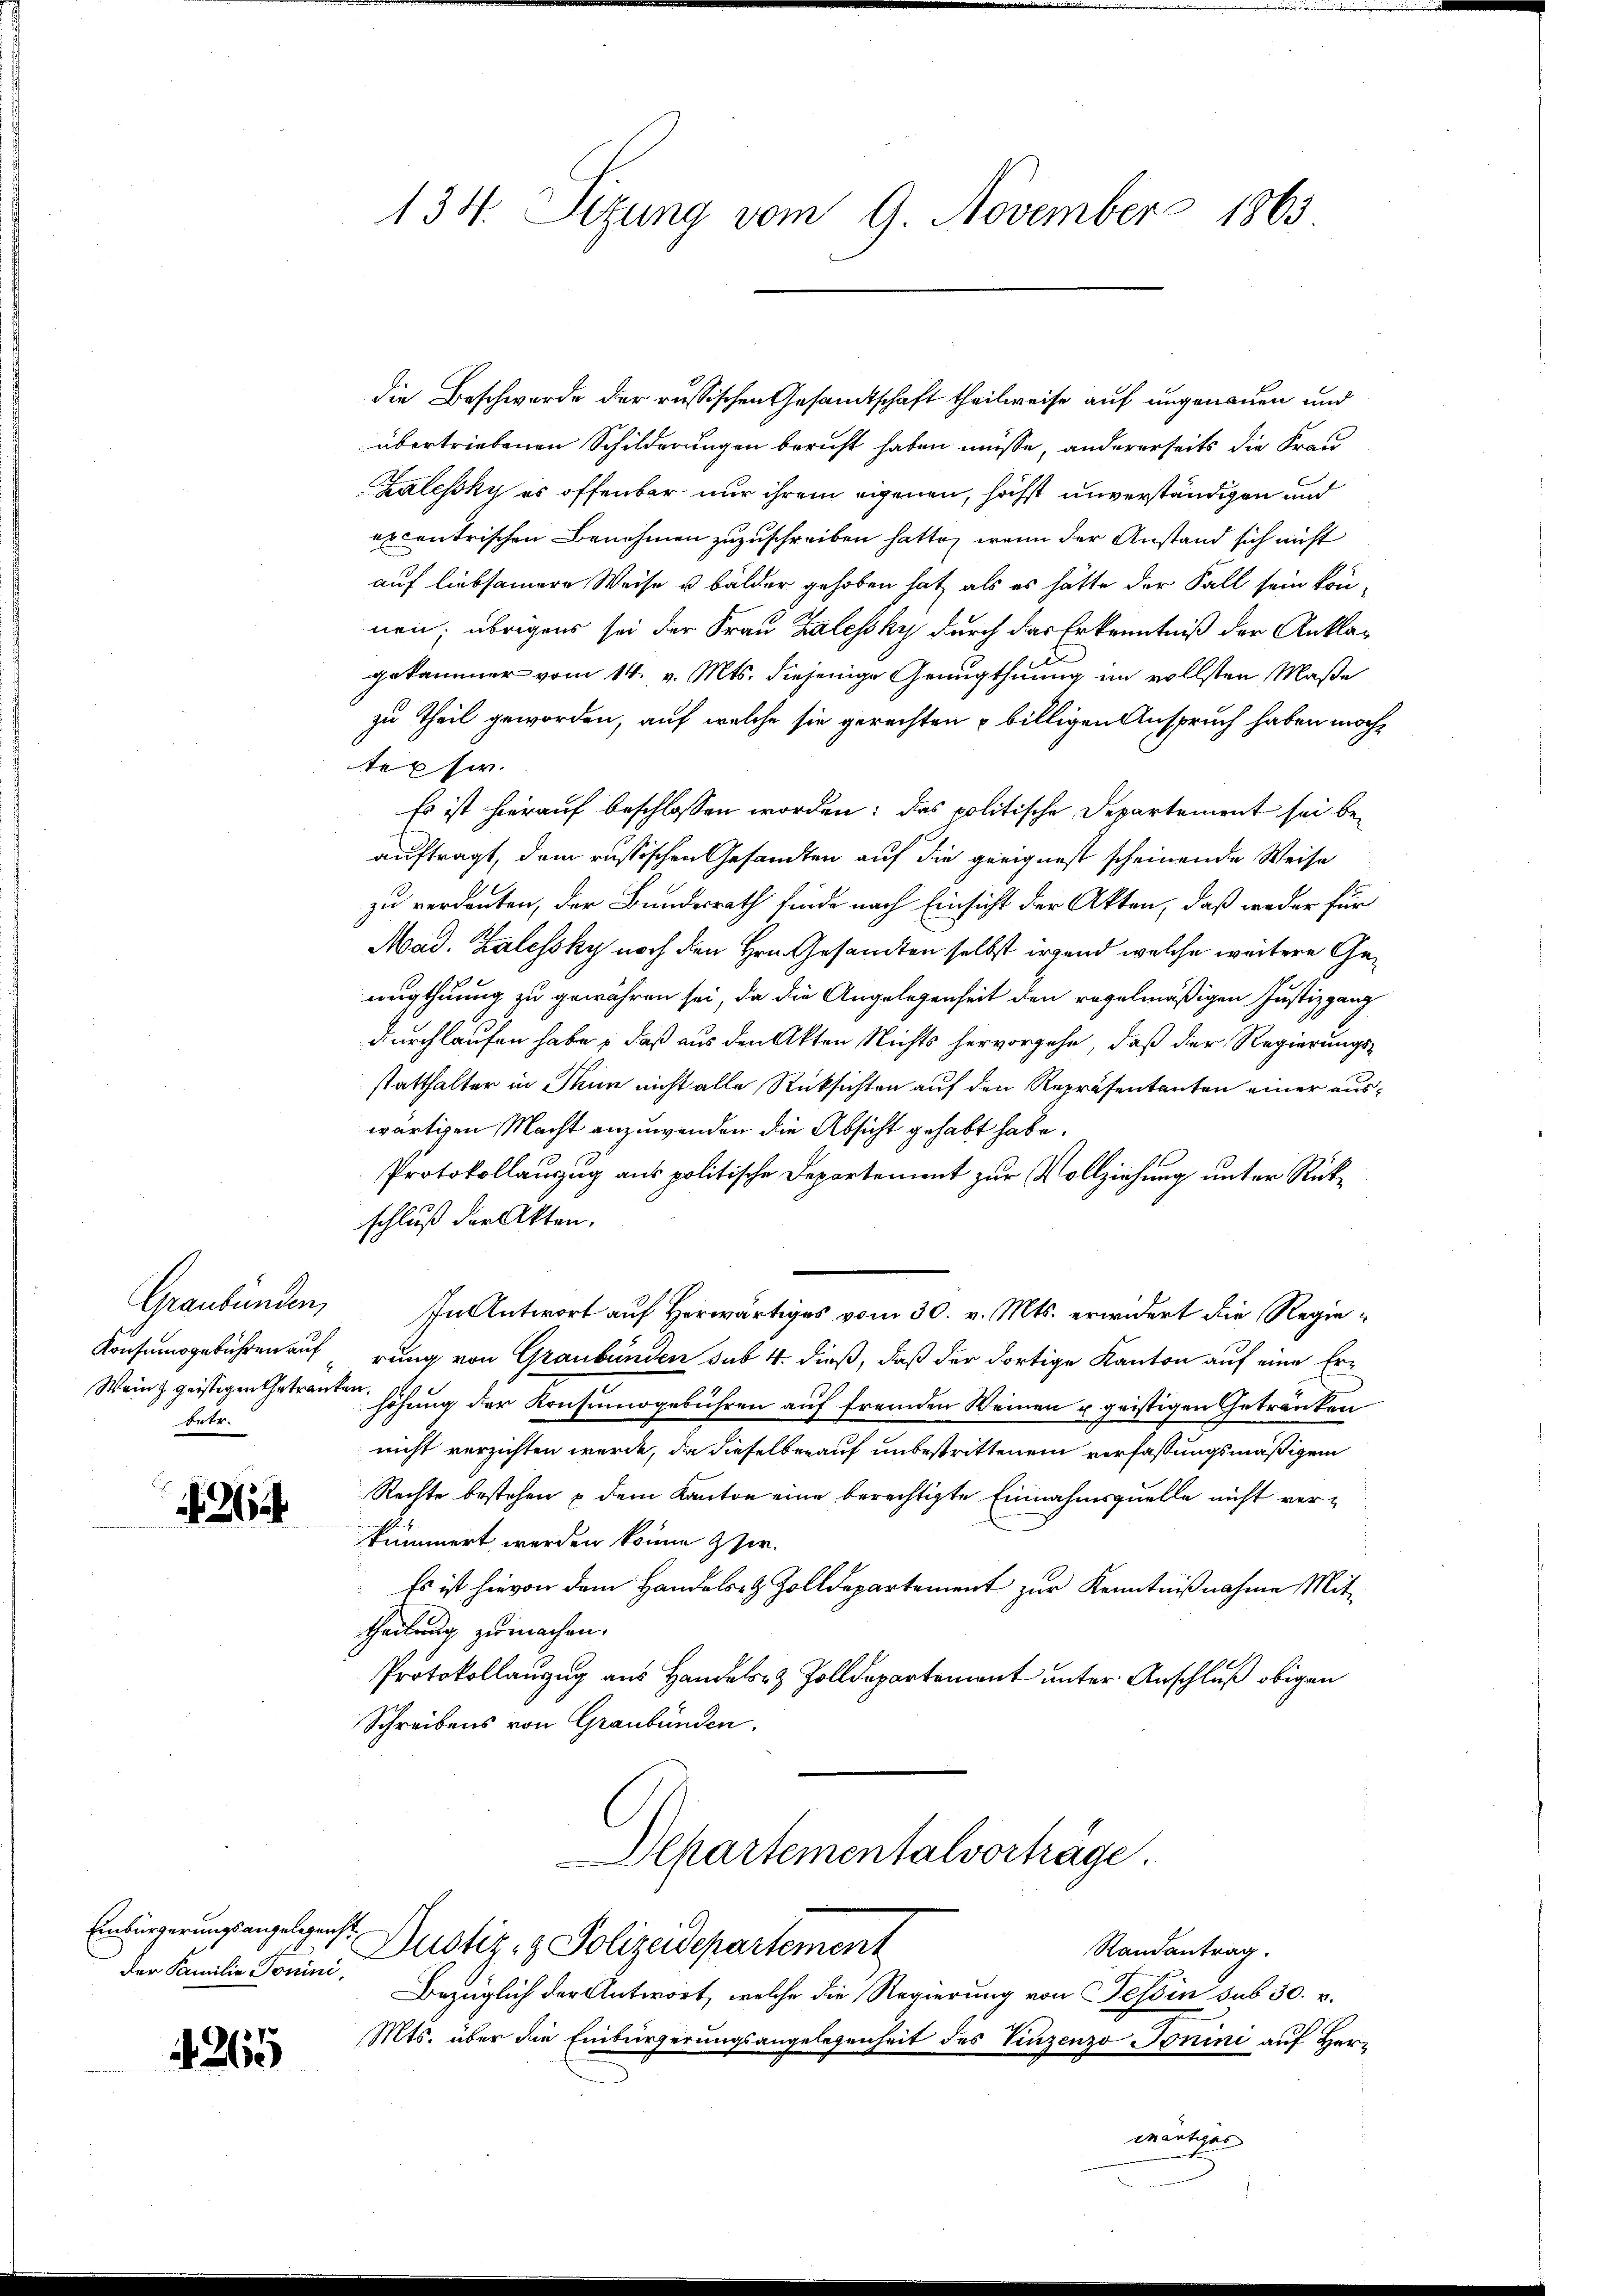
Graubünden,
betr.

2

der Familie Tonini,

4265

die Beschwerde der russischen Gesandtschaft theilweise auf ungenauen und
übertriebenen Schilderungen bericht haben müsse, andererseits die Frau
Zalesky es offenbar nur ihrem eigenen, höchst unverständigen und
excentrischen Benehmen zuzuschreiben hatte, wenn der Anstand sich nicht
auf liebsamere Weise u. bälder gehoben hat, als es hätte der Fall sein können; übrigens sei der Frau Zalessky durch das Erkenntniß der Anklägekammer vom 14. v. Mts. diejenige Genugthuung im vollsten Maße
zu Theil geworden, auf welche sie gerechten billigen Anspruch haben möchtepsi.
Es ist hierauf beschlossen worden: das politische Departement sei beauftragt, dem russischen Gesandten auf die geeignest scheinende Weise
zu verdenten, der Bundesrath finde nach Einsicht der Akten, daß weder für
Mad. Zalessky noch den Hrn. Gesamten selbst irgend welche weitere Genugthuung zu gewähren sei, da die Angelegenheit den regelmäßigen Justizgang
durchlaufen habe, daß aus den Akten Nichts hervorgehe, daß der Regierungsstatthalter in Thun nicht alle Rücksichten auf den Repräsentanten einer auswärtigen Macht anzuwenden die Absicht gehabt habe.
Protokollauszug aus politische Departement zur Vollziehung unter Rückschluß der Akten.
In Antwort auf Herwärtiges vom 30. v. Mts. erwidert die Regie¬
Konsumsgebühren auf rung von Graubünden sub 4. dieß, daß der dortige Kanton auf eine Er¬
Wein geistigen Getrauten höhung der Konsumogebühren auf fremden Weinen u geistigen Getränken
nicht verzichten werde, da dieselben auf unbestrittenem verfassungsmäßigem
Rechte bestehen & dem Kanton eine berechtigte Einnahmsquelle nicht verkümmert werden könne zer.
Es ist hievon dem Handels- & Zolldepartement zur Kenntnißnahme Mittheilung zu machen.
Protokollanzug aus Handels- & Zolldepartement unter Anschluß obigen
Schreibens von Graubünden.
Departementalvorträge.
Einbürgerungsangelegens Justiz- & Polizeidepartement
Randantrag.
Bezüglich der Antwort, welche die Regierung von Tessin sub 30. v.
Mts. über die Einbürgerungsangelegenheit des Vinzenzo Tonini auf Hermärtiges

134. Sizung vom 9. November 1863